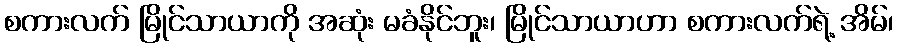
စကားလက် မြိုင်သာယာကို အဆုံး မခံနိုင်ဘူး၊ မြိုင်သာယာဟာ စကားလက်ရဲ့ အိမ်၊